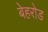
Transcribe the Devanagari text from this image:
बेहरोड